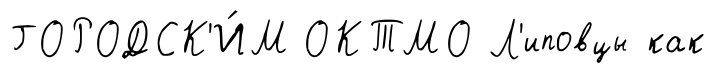
ГОРОДСК'И́М ОКТМО Л'иповцы как